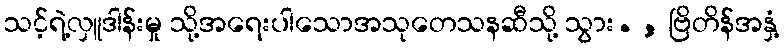
သင့်ရဲ့လှူဒါန်းမှု သို့အရေးပါသောအသုတေသနဆီသို့ သွား. , ဗြိတိန်အနှံ့